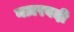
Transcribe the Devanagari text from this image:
नज़रबदी